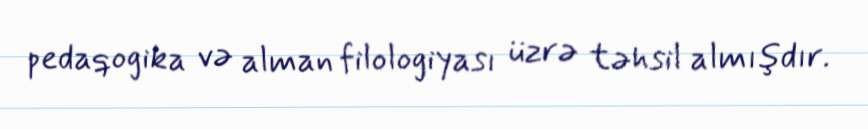
pedaqogika və alman filologiyası üzrə təhsil almışdır.